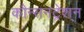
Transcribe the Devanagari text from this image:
कौन्सनट्रेशन